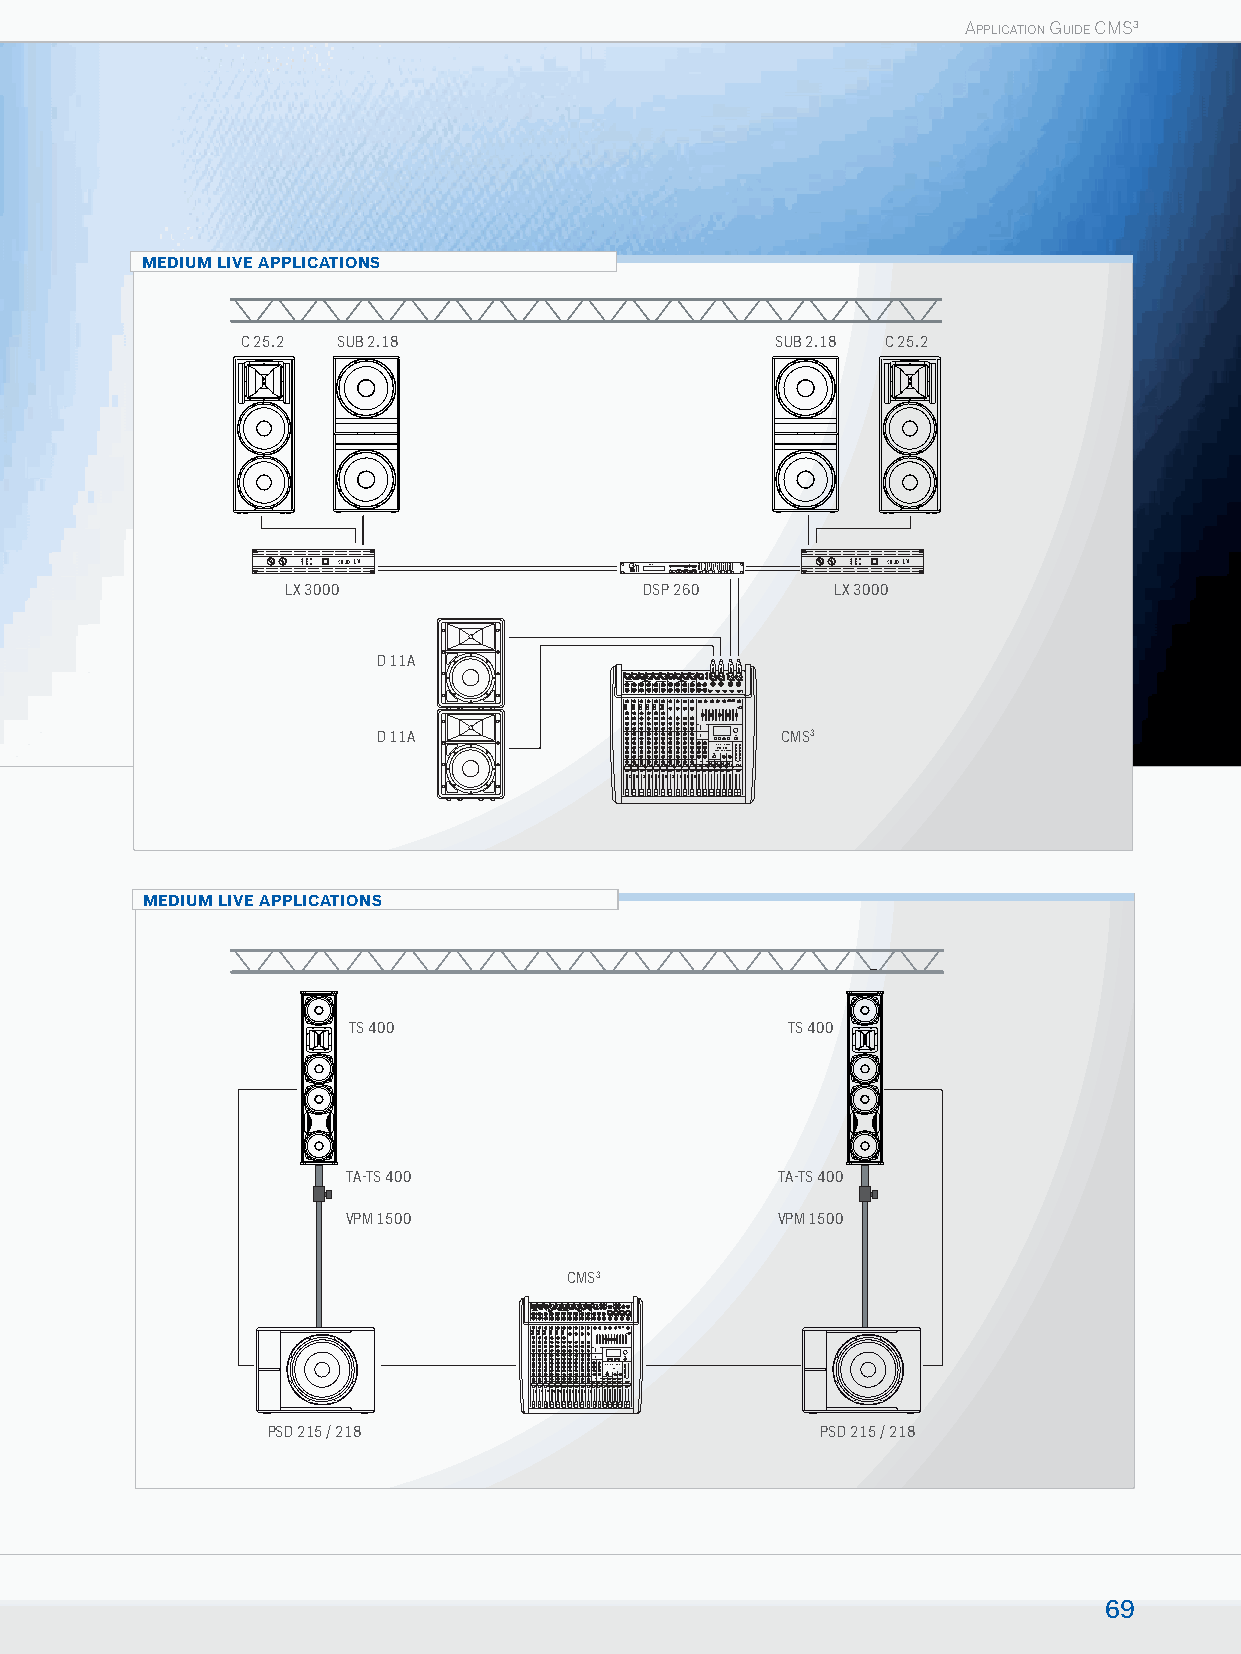
APPLICATION GUIDE CMS3
 MEDIUM LIVE APPLICATIONS
 C 25.2 SUB 2.18                    SUB 2.18 C 25.2
 LX 3000                DSP 260      LX 3000
 D 11A
 D 11A                      CMS3
 COMCPAMCTS M I1XI0NG0 0SYSTEM
 MEDIUM LIVE APPLICATIONS
 TS 400                       TS 400
 TA-TS 400                   TA-TS 400
 VPM 1500                    VPM 1500
 CMS3
 PSD 215 / 218                       PSD 215 / 218
 69